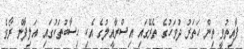
ފާއިތުވީ ތިން ހަތަރު ދުވަހުގެ ތެރޭގައި އިސްރާއީލުގެ އެކި ހިސާބުތަކުގައި އަލިފާން ރޯވެ